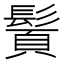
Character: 䰅